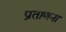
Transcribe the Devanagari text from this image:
प्रताणना